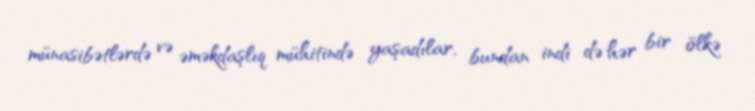
münasibətlərdə və əməkdaşlıq mühitində yaşadılar, bundan indi də hər bir ölkə